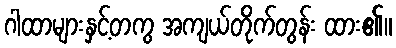
ဂါထာများနှင့်တကွ အကျယ်တိုက်တွန်း ထား၏။